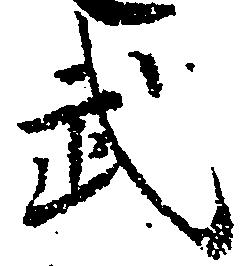
武